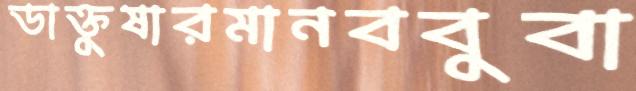
ডাক্তুষারমানববুবা